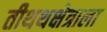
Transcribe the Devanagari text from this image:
तीथथक्षेत्राला